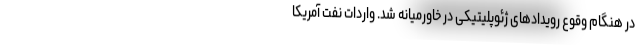
در هنگام وقوع رویدادهای ژئوپلیتیکی در خاورمیانه شد. واردات نفت آمریکا